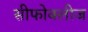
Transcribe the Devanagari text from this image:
सीफोक्लीज